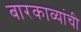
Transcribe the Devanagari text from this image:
बारकाव्यांची